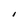
Character: I